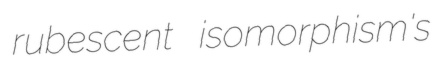
rubescent isomorphism's